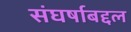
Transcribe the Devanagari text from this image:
संघर्षाबद्दल